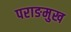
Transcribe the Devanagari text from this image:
पराङमुख